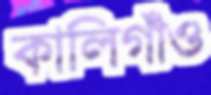
কালিগাঁও